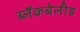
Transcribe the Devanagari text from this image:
ब्लॅकबेलीड